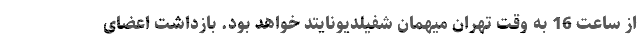
از ساعت 16 به وقت تهران میهمان شفیلدیونایتد خواهد بود. بازداشت اعضای